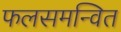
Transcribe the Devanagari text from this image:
फलसमन्वित